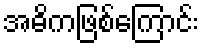
အဓိကဖြစ်ကြောင်း